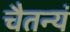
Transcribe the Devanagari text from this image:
चैतन्यं